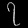
Digit: ၇